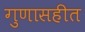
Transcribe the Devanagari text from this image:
गुणासहीत